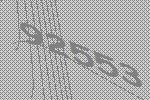
92553